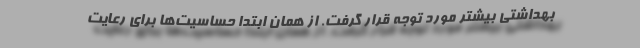
بهداشتی بیشتر مورد توجه قرار گرفت. از همان ابتدا حساسیت‌ها برای رعایت